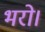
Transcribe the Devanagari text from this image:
भरो।